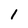
Character: l